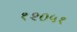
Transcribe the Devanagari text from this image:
१२०५१